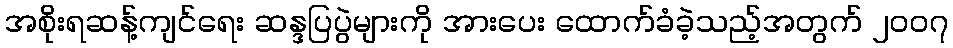
အစိုးရဆန့်ကျင်ရေး ဆန္ဒပြပွဲများကို အားပေး ထောက်ခံခဲ့သည့်အတွက် ၂၀၀၇